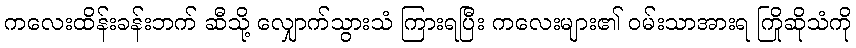
ကလေးထိန်းခန်းဘက် ဆီသို့ လျှောက်သွားသံ ကြားရပြီး ကလေးများ၏ ဝမ်းသာအားရ ကြိုဆိုသံကို